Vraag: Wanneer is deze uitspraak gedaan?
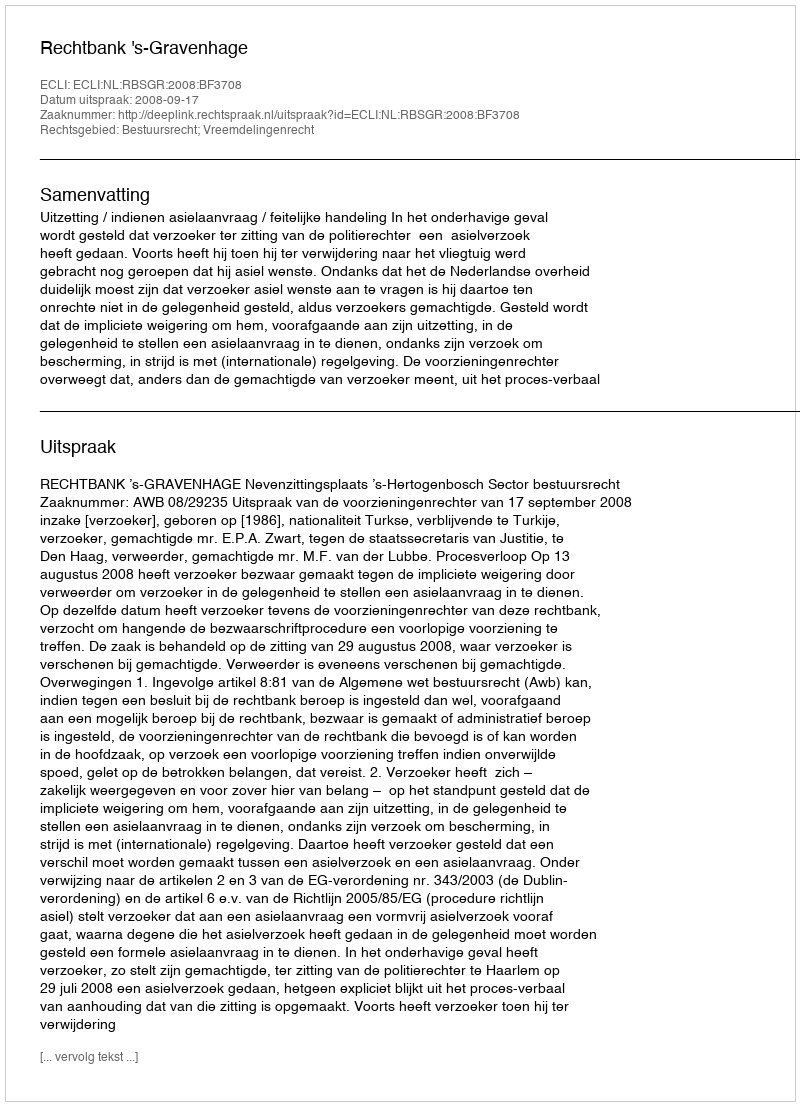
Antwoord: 2008-09-17